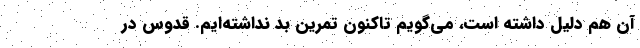
آن هم دلیل داشته است، می‌گویم تاکنون تمرین بد نداشته‌ایم. قدوس در